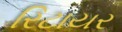
રિટાયર